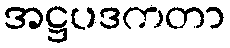
အဋ္ဌပဒကတာ